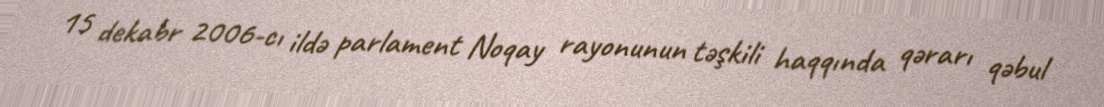
15 dekabr 2006-cı ildə parlament Noqay rayonunun təşkili haqqında qərarı qəbul